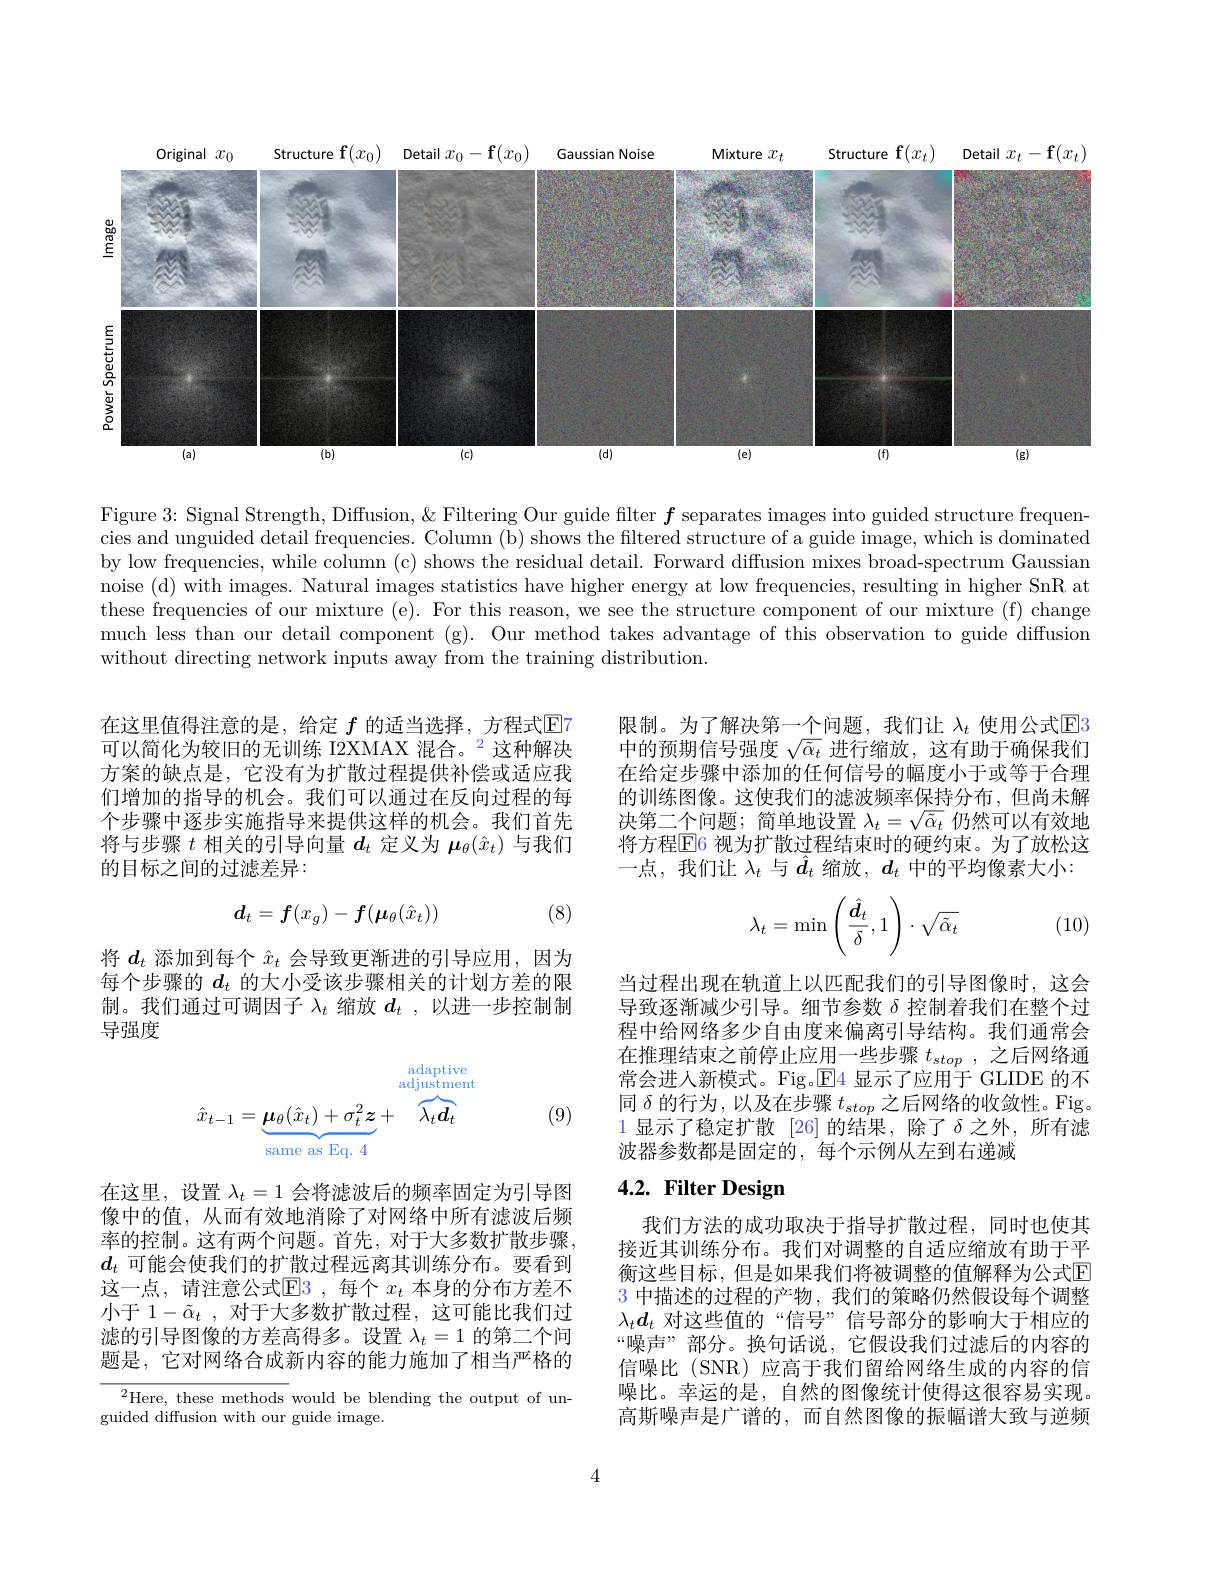
<FigureHere>

Figure 3: Signal Strength, Diffusion, & Filtering Our guide filter $f$ separates images into guided structure frequencies and unguided detail frequencies. Column (b) shows the filtered structure of a guide image, which is dominated by low frequencies, while column (c) shows the residual detail. Forward diffusion mixes broad-spectrum Gaussian noise (d) with images. Natural images statistics have higher energy at low frequencies, resulting in higher SnR at these frequencies of our mixture (e). For this reason, we see the structure component of our mixture (f) change much less than our detail component (g). Our method takes advantage of this observation to guide diffusion without directing network inputs away from the training distribution.

限制。为了解决第一个问题，我们让 $\lambda_t$ 使用公式$\mathbb{E}$3中的预期信号强度$\sqrt{\tilde{\alpha}_t}$进行缩放，这有助于确保我们在给定步骤中添加的任何信号的幅度小于或等于合理的训练图像。这使我们的滤波频率保持分布，但尚未解决第二个问题；简单地设置$\lambda_t=\sqrt{\tilde{\alpha}_t}$仍然可以有效地将方程$\operatorname{E}$6 视为扩散过程结束时的硬约束。为了放松这一点，我们让$\lambda_t$与$\hat{d}_t$缩放，$d_t$中的平均像素大小：

在这里值得注意的是，给定 $f$ 的适当选择，方程式$\color{red}{\boxed{\mathrm{E}}}$7可以简化为较旧的无训练 I2XMAX 混合。$^{2}$这种解决方案的缺点是，它没有为扩散过程提供补偿或适应我们增加的指导的机会。我们可以通过在反向过程的每个步骤中逐步实施指导来提供这样的机会。我们首先将与步骤$t$相关的引导向量$d_t$定义为$\mu_\theta(\hat{x}_t)$与我们的目标之间的过滤差异：
$$\boldsymbol{d}_t=\boldsymbol{f}(x_g)-\boldsymbol{f}(\boldsymbol{\mu}_\theta(\hat{x}_t))$$
(8)

方 式 方 式 方 式
$$\lambda_t=\min\left(\frac{\hat{d}_t}{\delta},1\right)\cdot\sqrt{\tilde{\alpha}_t}$$
(10)

将$d_t$添加到每个$\hat{x}_t$会导致更渐进的引导应用，因为每个步骤的$d_t$的大小受该步骤相关的计划方差的限制。我们通过可调因子$\lambda_t$缩放$d_t$ ,以进一步控制制导强度

当过程出现在轨道上以匹配我们的引导图像时，这会导致逐渐减少引导。细节参数$\delta$控制着我们在整个过程中给网络多少自由度来偏离引导结构。我们通常会在推理结束之前停止应用一些步骤$t_{stop}$ ,之后网络通常会进人新模式。Fig。$\operatorname{E}$4 显示了应用于 GLIDE 的不同$\delta$的行为，以及在步骤$t_stop$之后网络的收敛性。Fig。$\color{red}{1\text{ 显示了稳定扩散 [26]的结果，除了}\delta\text{之外，所有滤}}$ 波器参数都是固定的，每个示例从左到右递减
$$\hat{x}_{t-1}=\underbrace{\boldsymbol{\mu}_\theta(\hat{x}_t)+\sigma_t^2\boldsymbol{z}}_{\text{same as Eq. 4}}+\overbrace{\lambda_t\boldsymbol{d}_t}^{\text{adaptive}}$$
(9)

# 4.2. Filter Design

在这里，设置$\lambda_t=1$会将滤波后的频率固定为引导图像中的值，从而有效地消除了对网络中所有滤波后频率的控制。这有两个问题。首先，对于大多数扩散步骤， $d_t$可能会使我们的扩散过程远离其训练分布。要看到这一点，请注意公式E$3 , 每 个 x_t 本 身 的 分 布 方 差 不$ 小于 $1- \tilde{\alpha } _t$ , 对于大多数扩散过程，这可能比我们过滤的引导图像的方差高得多。设置$\lambda_t=1$的第二个间题是，它对网络合成新内容的能力施加了相当严格的

我们方法的成功取决于指导扩散过程，同时也使其接近其训练分布。我们对调整的自适应缩放有助于平衡这些目标，但是如果我们将被调整的值解释为公式$\color{red}{\mathrm{E}}$ $\color{red}{3\text{ 中描述的过程的产物，我们的策略仍然假设每个调整}}$ $\lambda_td_t$对这些值的“信号”信号部分的影响大于相应的“噪声”部分。换句话说，它假设我们过滤后的内容的信噪比 (SNR) 应高于我们留给网络生成的内容的信噪比。幸运的是，自然的图像统计使得这很容易实现。高斯噪声是广谱的，而自然图像的振幅谱大致与逆频

$^{2}$Here, these methods would be blending the output of un-
guided diffusion with our guide image.

4